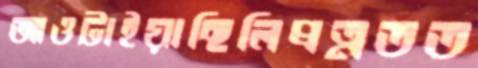
আওটাইয়াছিলিপ্রত্নতত